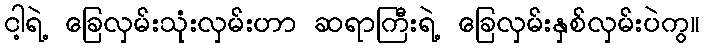
ငါ့ရဲ့ ခြေလှမ်းသုံးလှမ်းဟာ ဆရာကြီးရဲ့ ခြေလှမ်းနှစ်လှမ်းပဲကွ။